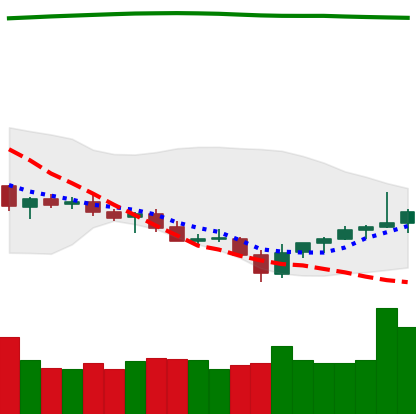
Ticker: TRX-USD
Chart end date: 2021-07-27
Forward return: 5.216%
Label: up_5_7